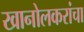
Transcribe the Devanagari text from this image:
खानोलकरांचा